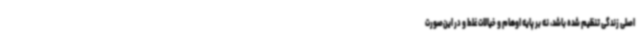
اصلی زندگی تنظیم شده باشد، نه بر پایه اوهام و خیالات غلط و در این‌صورت